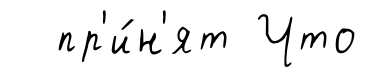
пр'и́н'ят Что